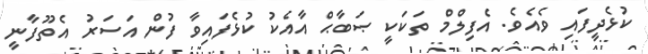
ކުޅެދީފައި ވެއެވެ. އެފިލްމް ތަކަކީ ޞަބާޙް އާއެކު ކުޅެފައިވާ ފުން އަސަރު އެތޫފާނީ